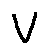
V